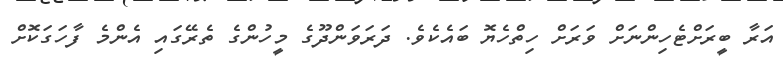
އަރާ ބީރަށްޓެހިންނަށް ވަރަށް ހިތްހެޔޮ ބައެކެވެ. ދަރަވަންދޫގެ މީހުންގެ ތެރޭގައި އެންމެ ފާހަގަކޮށް